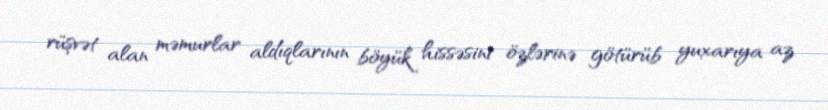
rüşvət alan məmurlar aldıqlarının böyük hissəsini özlərinə götürüb yuxarıya az